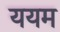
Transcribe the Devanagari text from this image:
ययम